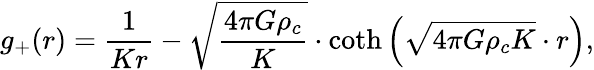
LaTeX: g_{+}(r)=\frac{1}{Kr}-\sqrt{\frac{4\pi G\rho_{c}}{K}}\cdot\coth\left(\sqrt{4\pi G\rho_{c}K}\cdot r\right),